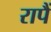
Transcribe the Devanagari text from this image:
रापैं